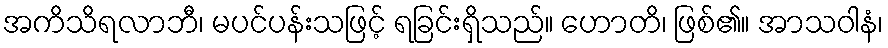
အကိသိရလာဘီ၊ မပင်ပန်းသဖြင့် ရခြင်းရှိသည်။ ဟောတိ၊ ဖြစ်၏။ အာသဝါနံ၊